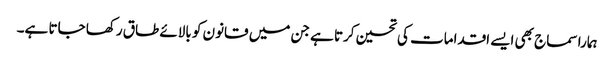
ہمارا سماج بھی ایسے اقدامات کی تحسین کرتا ہے جن میں قانون کو بالائے طاق رکھا جاتا ہے۔